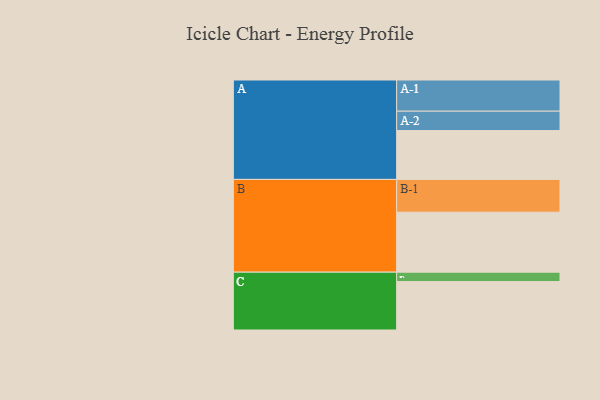
{"axis": {"x": "Segment", "y": "Value"}, "legend": ["", "A", "B", "C"], "data": [{"x": "A", "y": 337, "type": ""}, {"x": "B", "y": 414, "type": ""}, {"x": "C", "y": 334, "type": ""}, {"x": "A-1", "y": 215, "type": "A"}, {"x": "A-2", "y": 134, "type": "A"}, {"x": "B-1", "y": 226, "type": "B"}, {"x": "C-1", "y": 65, "type": "C"}]}